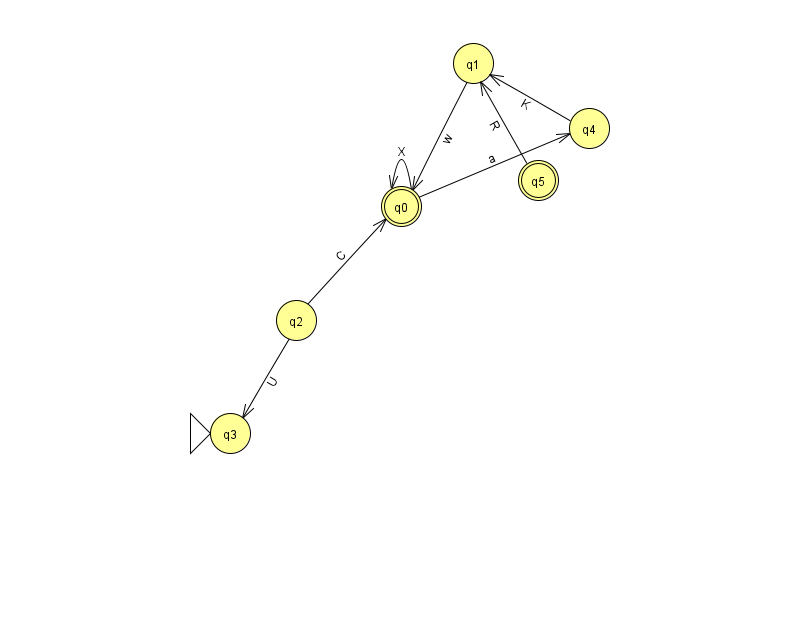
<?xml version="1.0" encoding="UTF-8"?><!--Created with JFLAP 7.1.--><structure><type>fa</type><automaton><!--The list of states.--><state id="0" name="q0"><x>401.0</x><y>193.0</y><final/></state><state id="1" name="q1"><x>473.0</x><y>50.0</y></state><state id="2" name="q2"><x>296.0</x><y>307.0</y></state><state id="3" name="q3"><x>230.0</x><y>420.0</y><initial/></state><state id="4" name="q4"><x>589.0</x><y>115.0</y></state><state id="5" name="q5"><x>538.0</x><y>167.0</y><final/></state><!--The list of transitions.--><transition><from>4</from><to>1</to><read>K</read></transition><transition><from>2</from><to>3</to><read>U</read></transition><transition><from>5</from><to>1</to><read>R</read></transition><transition><from>0</from><to>4</to><read>a</read></transition><transition><from>0</from><to>0</to><read>X</read></transition><transition><from>2</from><to>0</to><read>C</read></transition><transition><from>1</from><to>0</to><read>w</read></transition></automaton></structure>